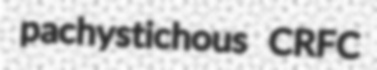
pachystichous CRFC